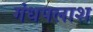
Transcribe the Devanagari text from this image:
गंधपलाश